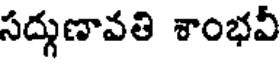
సద్గుణావతి శాంభవీ